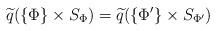
LaTeX: \begin{align*}\widetilde{q}(\{\Phi\}\times S_{\Phi})=\widetilde{q}(\{ \Phi' \}\times S_{\Phi'}) \end{align*}